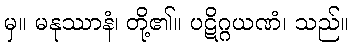
မှ။ မနုဿာနံ၊ တို့၏။ ပဋိဂ္ဂယဏံ၊ သည်။